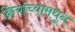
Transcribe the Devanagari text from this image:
क्रियांच्यामधून